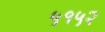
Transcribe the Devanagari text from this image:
५१५२